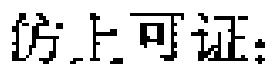
仿上可证：